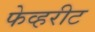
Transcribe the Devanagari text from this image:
फेव्हरीट